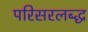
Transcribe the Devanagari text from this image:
परिसरलब्द्ध